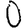
Digit: 0